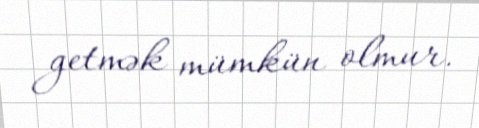
getmək mümkün olmur.